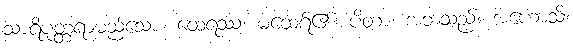
သာရိပုတ္တရာမည်သော။ ထေရဿ၊ မထေရ်၏။ ပိတာ၊ အဘသည်။ အဟောသိ၊